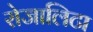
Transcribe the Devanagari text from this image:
रोजालिटा